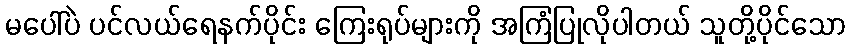
မပေါ်ပဲ ပင်လယ်ရေနက်ပိုင်း ကြေးရုပ်များကို အကြံပြုလိုပါတယ် သူတို့ပိုင်သော